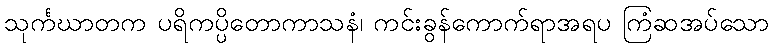
သုင်္ကဃာတက ပရိကပ္ပိတောကာသနံ၊ ကင်းခွန်ကောက်ရာအရပ ကြံဆအပ်သော